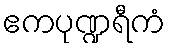
ဧကပုဏ္ဍရီကံ